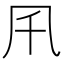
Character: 𠘴